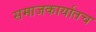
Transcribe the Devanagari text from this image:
समाजकार्यातच